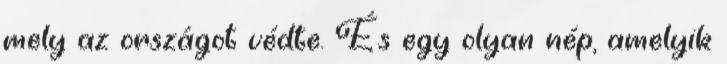
mely az országot védte. És egy olyan nép, amelyik